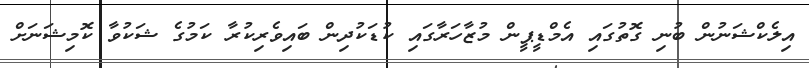
އިލެކްޝަނުން ބުނި ގޮތުގައި އެމްޑީޕީން މުޒާހަރާގައި ކުޑަކުދިން ބައިވެރިކުރާ ކަމުގެ ޝަކުވާ ކޮމިޝަނަށް